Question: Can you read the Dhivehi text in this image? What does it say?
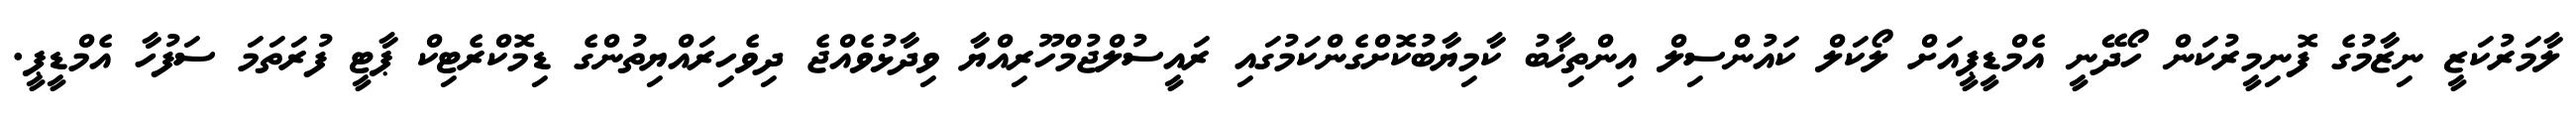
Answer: ލާމަރުކަޒީ ނިޒާމުގެ ފޮނިމީރުކަން ހޯދޭނީ އެމްޑީޕީއަށް ލޯކަލް ކައުންސިލް އިންތިޚާބު ކާމިޔާބުކޮށްގެންކަމުގައި ރައީސުލްޖުމްހޫރިއްޔާ ވިދާޅުވެއްޖެ ދިވެހިރައްޔިތުންގެ ޑިމޮކްރެޓިކް ޕާޓީ ފުރަތަމަ ސަފުހާ އެމްޑީޕީ.